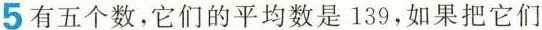
5有五个数，它们的平均数是139，如果把它们